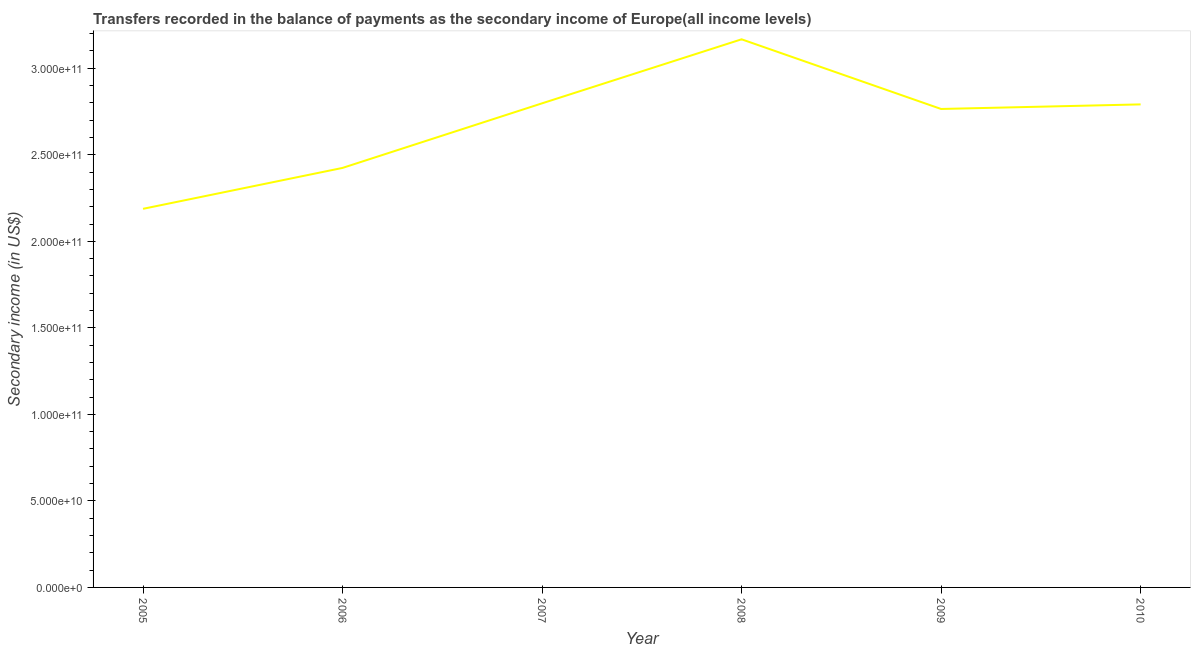
| Year | Secondary income |
 | --- | --- |
 | 2005 | 2.19e+11 |
 | 2006 | 2.42e+11 |
 | 2007 | 2.8e+11 |
 | 2008 | 3.17e+11 |
 | 2009 | 2.76e+11 |
 | 2010 | 2.79e+11 |